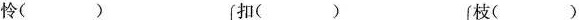
怜（） 扣（） 枝（）